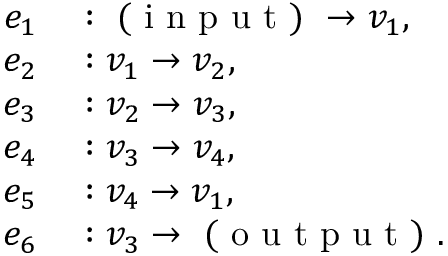
\begin{array} { r l } { e _ { 1 } } & { { } : \mathrm { ~ ( ~ i ~ n ~ p ~ u ~ t ~ ) ~ } \to v _ { 1 } , } \\ { e _ { 2 } } & { { } : v _ { 1 } \to v _ { 2 } , } \\ { e _ { 3 } } & { { } : v _ { 2 } \to v _ { 3 } , } \\ { e _ { 4 } } & { { } : v _ { 3 } \to v _ { 4 } , } \\ { e _ { 5 } } & { { } : v _ { 4 } \to v _ { 1 } , } \\ { e _ { 6 } } & { { } : v _ { 3 } \to \mathrm { ~ ( ~ o ~ u ~ t ~ p ~ u ~ t ~ ) ~ } . } \end{array}